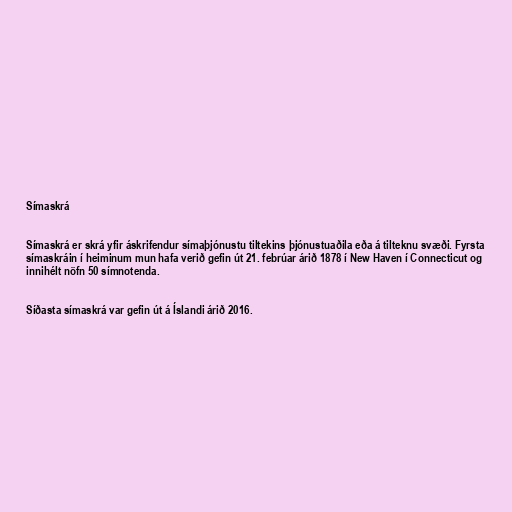
Símaskrá

Símaskrá er skrá yfir áskrifendur símaþjónustu tiltekins þjónustuaðila eða á tilteknu svæði. Fyrsta
símaskráin í heiminum mun hafa verið gefin út 21. febrúar árið 1878 í New Haven í Connecticut og
innihélt nöfn 50 símnotenda.

Síðasta símaskrá var gefin út á Íslandi árið 2016.